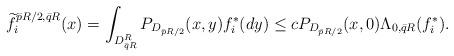
LaTeX: \begin{align*}\widetilde{f}_i^{\bar{p}R/2,\bar{q}R}(x)=\int_{D_{\bar qR}^R}P_{D_{\bar pR/2}}(x,y)f_i^*(dy)&\le cP_{D_{\bar pR/2}}(x,0)\Lambda_{0,\bar qR}(f_i^*).\end{align*}